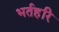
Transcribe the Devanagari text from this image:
भर्तहरि